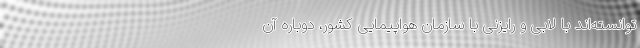
توانسته‌اند با لابی و رایزنی با سازمان هواپیمایی کشور، دوباره آن